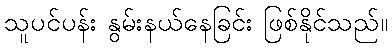
သူပင်ပန်း နွမ်းနယ်နေခြင်း ဖြစ်နိုင်သည်။